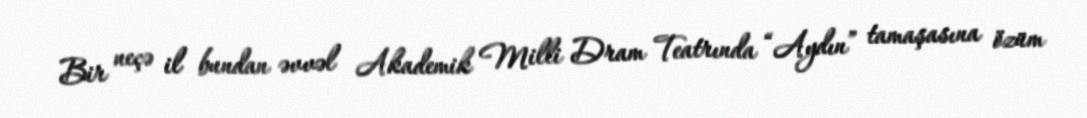
Bir neçə il bundan əvvəl Akademik Milli Dram Teatrında “Aydın” tamaşasına özüm